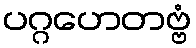
ပဂ္ဂဟေတဗ္ဗံ